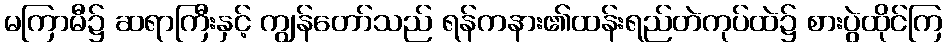
မကြာမီ၌ ဆရာကြီးနှင့် ကျွန်တော်သည် ရန်ကနား၏ထန်းရည်တဲကုပ်ထဲ၌ စားပွဲထိုင်ကြ